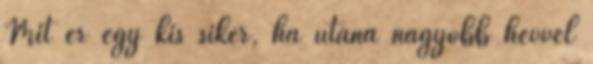
Mit ér egy kis siker, ha utána nagyobb hévvel